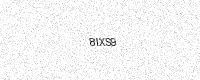
Text: 8IXS9